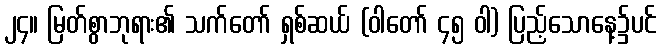
၂၄။ မြတ်စွာဘုရား၏ သက်တော် ရှစ်ဆယ် (ဝါတော် ၄၅ ဝါ) ပြည့်သောနေ့၌ပင်